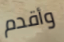
وأقدم